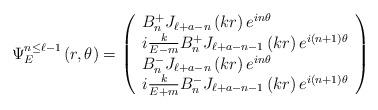
LaTeX: \begin{align*}\Psi_E^{n\leq \ell-1}\left(r,\theta\right)= \left(\begin{array}{l}B_n^+ J_{\ell+a-n}\left(k r\right) e^{i n \theta} \\i\frac{k}{E-m}B_n^+ J_{\ell+a-n-1}\left(k r\right)e^{i\left(n+1\right) \theta}\\ B_n^- J_{\ell+a-n}\left(k r\right)e^{i n \theta} \\ i\frac{k}{E+m}B_n^- J_{\ell+a-n-1}\left(kr\right) e^{i\left(n+1\right) \theta}\end{array}\right)\end{align*}